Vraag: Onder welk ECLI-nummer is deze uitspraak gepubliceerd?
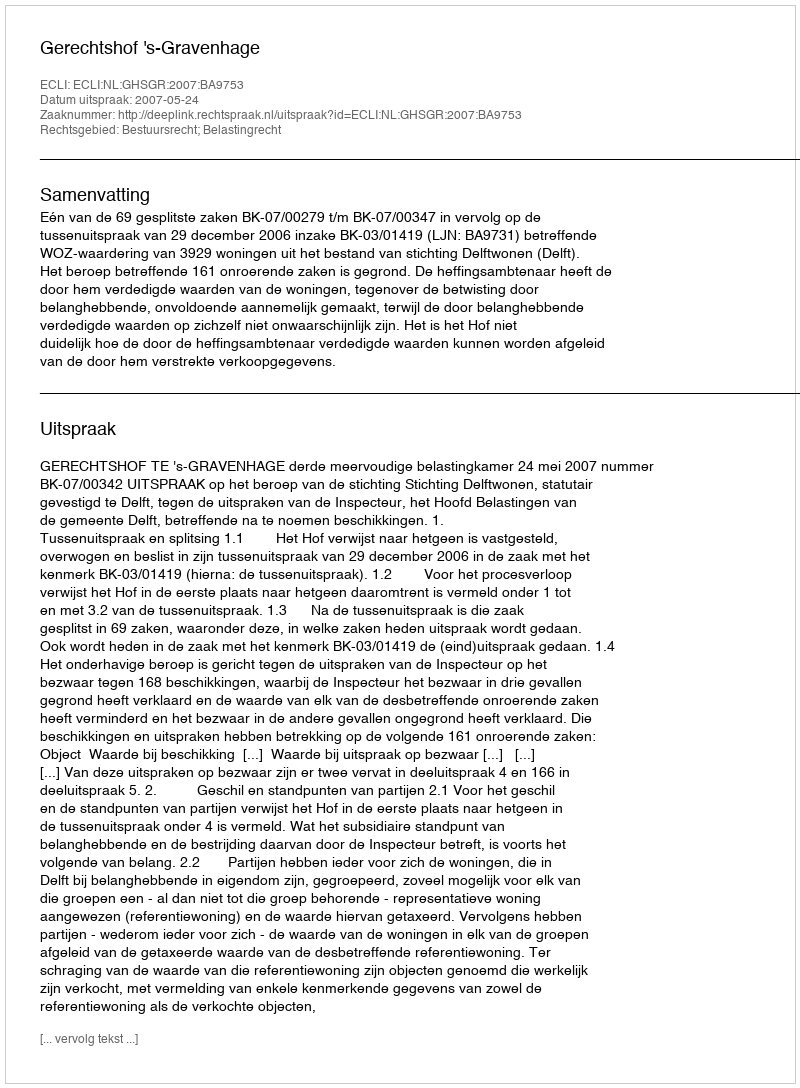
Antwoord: ECLI:NL:GHSGR:2007:BA9753